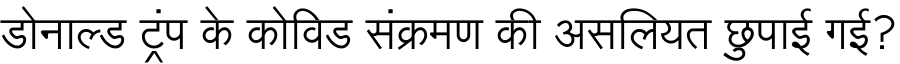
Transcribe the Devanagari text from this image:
डोनाल्ड ट्रंप के कोविड संक्रमण की असलियत छुपाई गई?